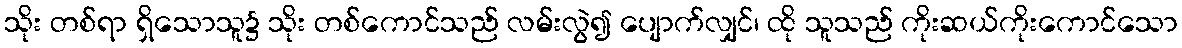
သိုး တစ်ရာ ရှိသောသူ၌ သိုး တစ်ကောင်သည် လမ်းလွဲ၍ ပျောက်လျှင်၊ ထို သူသည် ကိုးဆယ်ကိုးကောင်သော